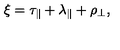
\xi = \tau _ { \parallel } + \lambda _ { \parallel } + \rho _ { \perp } ,